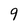
Character: 9